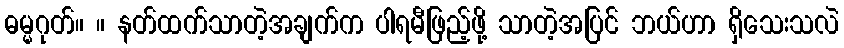
ဓမ္မဂုတ်။ ။ နတ်ထက်သာတဲ့အချက်က ပါရမီဖြည့်ဖို့ သာတဲ့အပြင် ဘယ်ဟာ ရှိသေးသလဲ